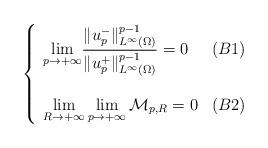
LaTeX: \begin{align*} \left\{ \begin{array}{lr} \displaystyle{ \lim_{p\rightarrow +\infty}}\frac{\|u_p^-\|_{L^{\infty}(\Omega)}^{p-1}}{\|u_p^+\|_{L^{\infty}(\Omega)}^{p-1}}= 0 & (B1)\\ \\ \displaystyle{\lim_{R\rightarrow +\infty}}\lim_{p\rightarrow +\infty} \mathcal M_{p,R}=0 & (B2) \end{array} \right. \end{align*}